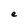
Character: e